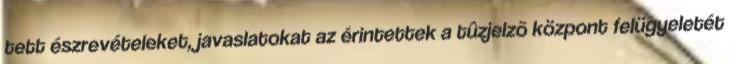
tett észrevételeket, javaslatokat az érintettek a tûzjelzõ központ felügyeletét